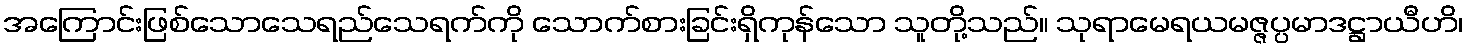
အကြောင်းဖြစ်သောသေရည်သေရက်ကို သောက်စားခြင်းရှိကုန်သော သူတို့သည်။ သုရာမေရယမဇ္ဇပ္ပမာဒဋ္ဌာယီဟိ၊